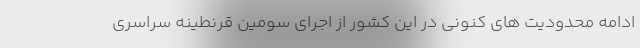
ادامه محدودیت های کنونی در این کشور از اجرای سومین قرنطینه سراسری